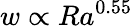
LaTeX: w\propto Ra^{0.55}